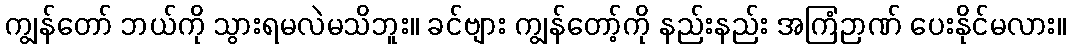
ကျွန်တော် ဘယ်ကို သွားရမလဲမသိဘူး။ ခင်ဗျား ကျွန်တော့်ကို နည်းနည်း အကြံဉာဏ် ပေးနိုင်မလား။